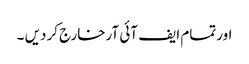
اورتمام ایف آئی آرخارج کردیں ۔